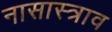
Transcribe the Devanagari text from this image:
नासास्त्राव